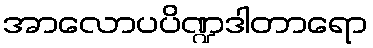
အာလောပပိဏ္ဍဒါတာရော